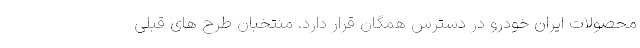
محصولات ایران خودرو در دسترس همگان قرار دارد. منتخبان طرح های قبلی